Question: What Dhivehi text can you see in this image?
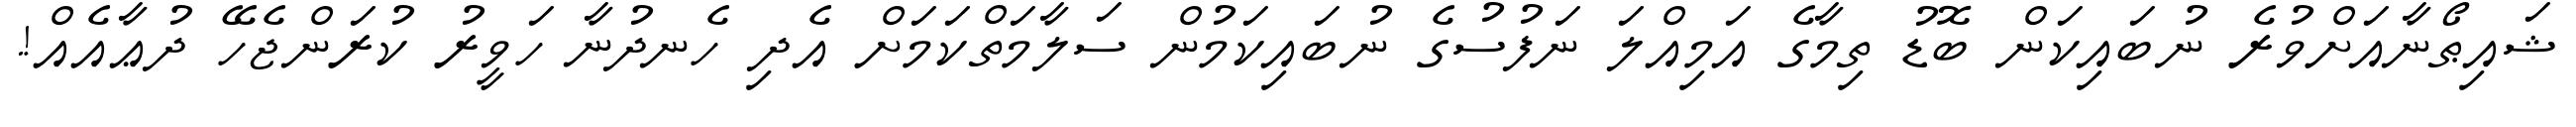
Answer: ޝައިޠޯނާއަށްވުރެ ނުބައިކަން ބޮޑު ތިމާގެ އަމިއްލަ ނަފުސުގެ ނުބައިކަމުން ސަލާމަތްކަމަށް އެދި ހެނދުނާ ހަވީރު ކުރަންޖެހޭ ދުޢާއެއް!.